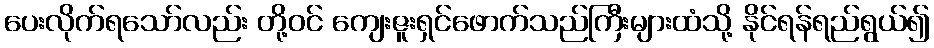
ပေးလိုက်ရသော်လည်း တို့ဝင် ကျေးဇူးရှင်ဖောက်သည်ကြီးများထံသို့ နိုင်ရန်ရည်ရွယ်၍